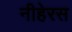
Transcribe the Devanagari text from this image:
नीहेरस